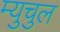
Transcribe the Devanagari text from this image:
म्युचुल